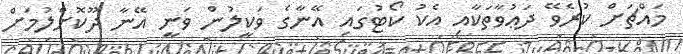
މައްޗަށް ކުރެވޭ ދަޢުވާތަކާއި އެކު ކޯޓުގައި އޭނާގެ ވަކީލުން ވަނީ އޭނާ ދޫކޮށްލުމަށް